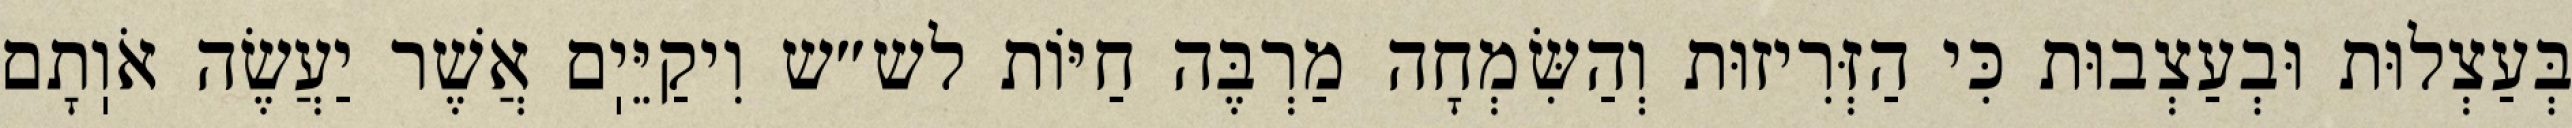
בְּעַצְלוּת וּבְעַצְבוּת כִּי הַזְּרִיזוּת וְהַשִּׂמְחָה מַרְבֶּה חַיּוֹת לש״ש וִיקַיֵּיֽם אֲשֶׁר יַעֲשֶׂה אֹוֽתָם